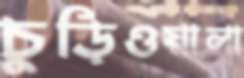
চুড়িওয়ালা